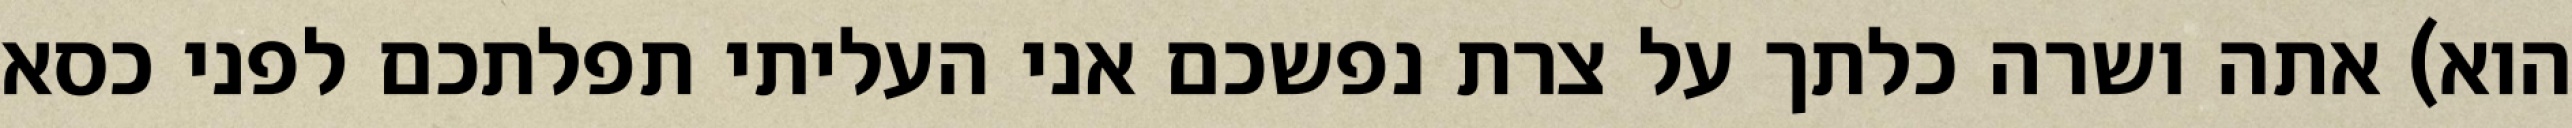
הוא) אתה ושרה כלתך על צרת נפשכם אני העליתי תפלתכם לפני כסא